Scientific memoirs by medical officers of the Army of India - Part VII,
Year: 1892
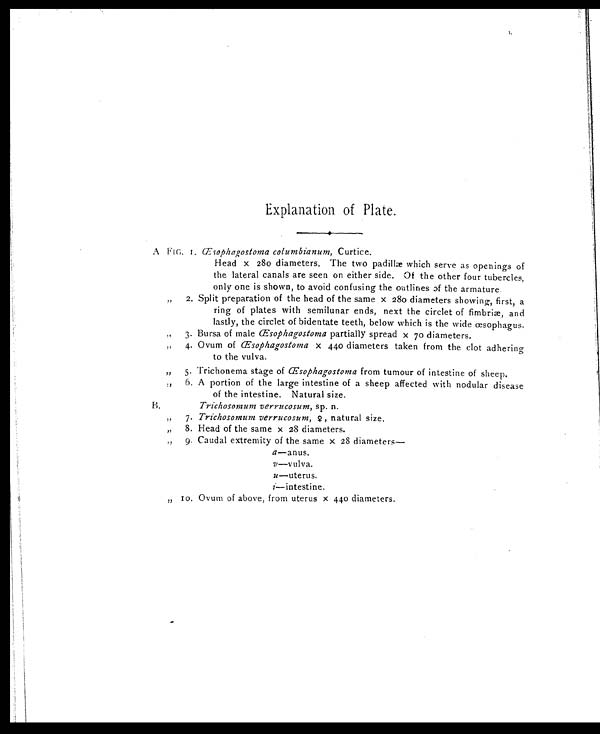
Explanation of Plate.
A FIG. 1. Œs ophagostoma columbianum, Curtice.
Head x 280 diameters. The two padilke which serve as openings of
the lateral canals are seen on either side. Of the other four tubercles,
only one is shown, to avoid confusing the outlines of the armature.
, , 2 . S p l i t p r e p a r a t i o n o f t h e h e a d o f t h e s a m e x 2 8 0 d i a m e t e r s s h o w i n g , f i r s t , a
ring of plates with semilunar ends, next the circlet of fimbriæ, and
lastly, the circlet of bidentate teeth, below which is the wide œsophagus.
, , 3 . B u r s a o f m a l e
Œ s o p h a g o s t o m a
partially spread x 70 diameters.
, , 4 . O v u m o f Œ
s o p h a g o s t o m a
x 4 4 0 d i a m e t e r s t a k e n f r o m t h e c l o t a d h e r i n g
to the vulva.
, , 5 . T r i c h o n e m a s t a g e o f
Œ s o p h a g o s t o m a
from tumour of intestine of sheep.
, , 6 . A p o r t i o n o f t h e l a r g e i n t e s t i n e o f a s h e e p a f f e c t e d w i t h n o d u l a r d i s e a s e
of the intestine. Natural size.
B.
Trichosomum verrucosum, sp. n.
,, 7. Trichosomum verrucosum, ♀ , natural size.
,, 8. Head of the same x 28 diameters.
,, 9. Caudal extremity of the same x 28
diameters—
a—anus.
v—vulva.
u —uterus.
i
— i n t e s t i n e .
,, 10. Ovum of above, from uterus x 440 diameters.